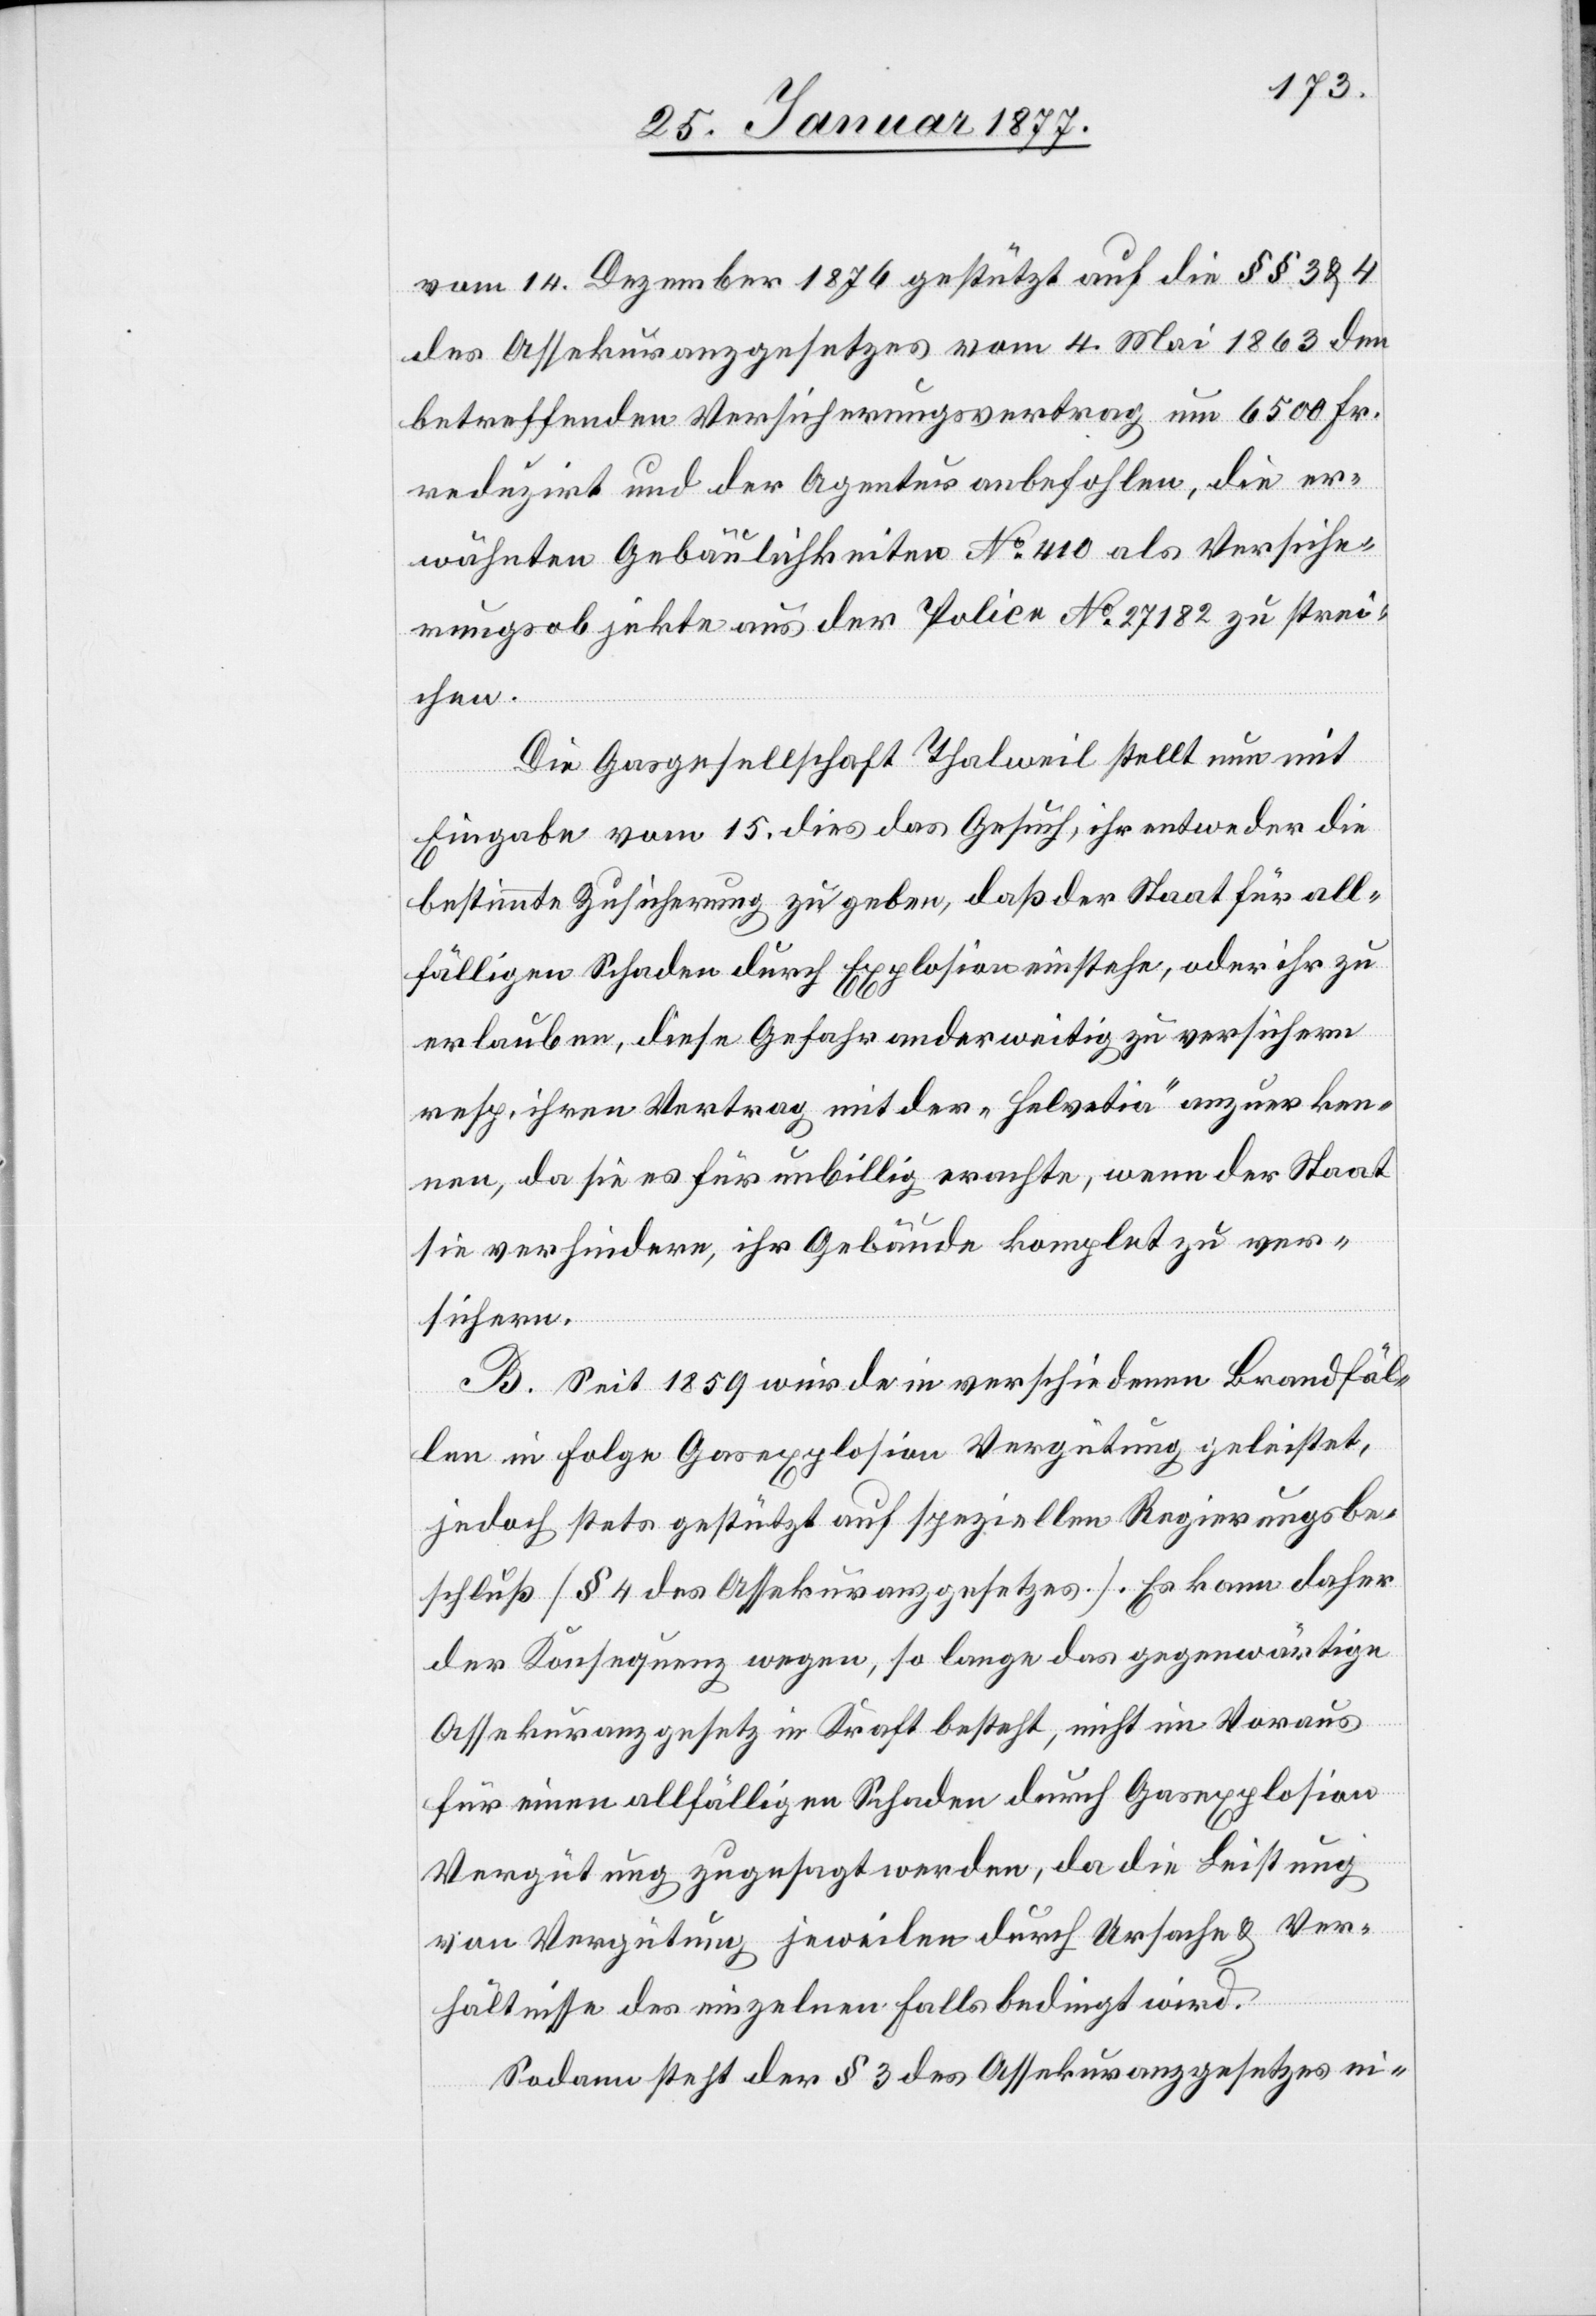
vom 14. Dezember 1874 gestützt auf die §§ 3 & 4
des Assekuranzgesetzes vom 4. Mai 1863 den
betreffenden Versicherungsvertrag um 6500 Fr.
reduzirt und der Agentur anbefohlen, die er¬
wähnten Gebäulichkeiten No 410 als Versiche¬
rungsobjekte aus der Police No 27182 zu strei¬
chen.
Die Gasgesellschaft Thalweil stellt nun mit
Eingabe vom 15. dies das Gesuch, ihr entweder die
bestimmte Zusicherung zu geben, daß der Staat für all¬
fälligen Schaden durch Explosion einstehe, oder ihr zu
erlauben, diese Gefahr anderweitig zu versichern
resp. ihren Vertrag mit der „Helvetia“ anzuerken¬
nen, da sie es für unbillig erachte, wenn der Staat
sie verhindere, ihr Gebäude komplet zu ver¬
sichern.
B. Seit 1859 wurde in verschiedenen Brandfäl¬
len in Folge Gasexplosion Vergütung geleistet,
jedoch stets gestützt auf speziellen Regierungsbe¬
schluß [§ 4 des Assekuranzgesetzes]. Es kann daher
der Konsequenz wegen, so lange das gegenwärtige
Assekuranzgesetz in Kraft steht, nicht im Voraus
für einen allfälligen Schaden durch Gasexplosion
von Vergütung jeweilen durch Ursache & Ver¬
hältnisse des einzelnen Falls bedingt wird.
Sodann steht der § 3 des Assekuranzgesetzes ei-